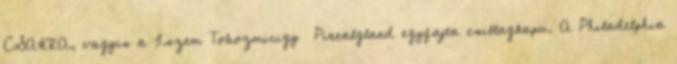
CSAKRA, vagyis a 3.szem Tobozmirigy Pinealgland egyfajta csillagkapu. A Philadelphia